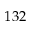
1 3 2